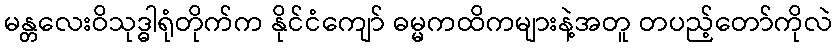
မန္တလေးဝိသုဒ္ဓါရုံတိုက်က နိုင်ငံကျော် ဓမ္မကထိကများနဲ့အတူ တပည့်တော်ကိုလဲ